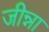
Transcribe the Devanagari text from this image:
जीन्ना